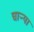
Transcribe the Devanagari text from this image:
चाऱ्या